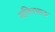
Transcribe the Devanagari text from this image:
सचिनभाऊ